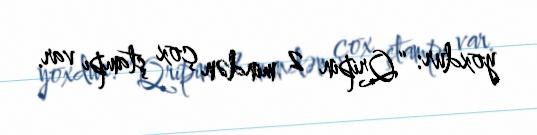
yoxdur: “Qripin 2 mindən çox ştampı var.